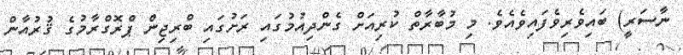
ނާސަރީ) ބައިވެރިވެފައިވެއެވެ. މި މުބާރާތް ކުރިއަށް ގެންދިއުމުގައި ރަށުގައި ބްރިޖިން ޕްރޮގްރާމުގެ ޤުރުއާން